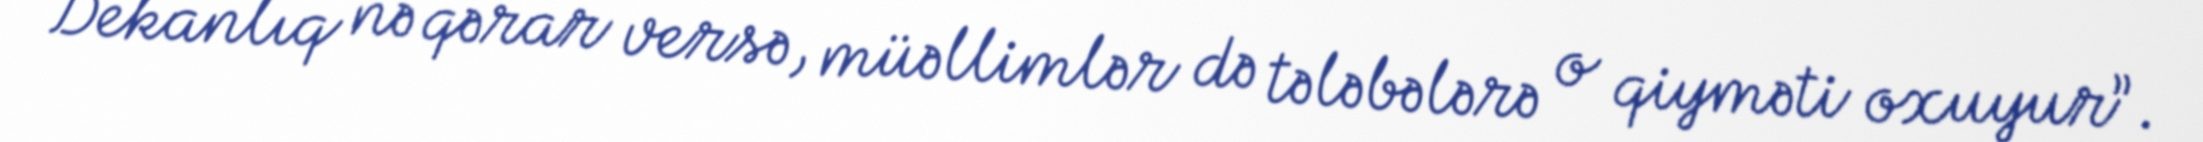
Dekanlıq nə qərar versə, müəllimlər də tələbələrə o qiyməti oxuyur”.